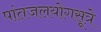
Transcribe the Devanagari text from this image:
पांतजलयोगसूत्रे